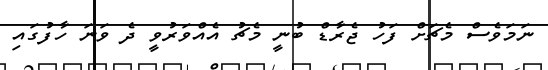
ނަމަވެސް މެޗަށް ފަހު ޖެރާޑް ބުނީ މެޗު އެއްވަރުވީ ދެ ވަނަ ހާފުގައި